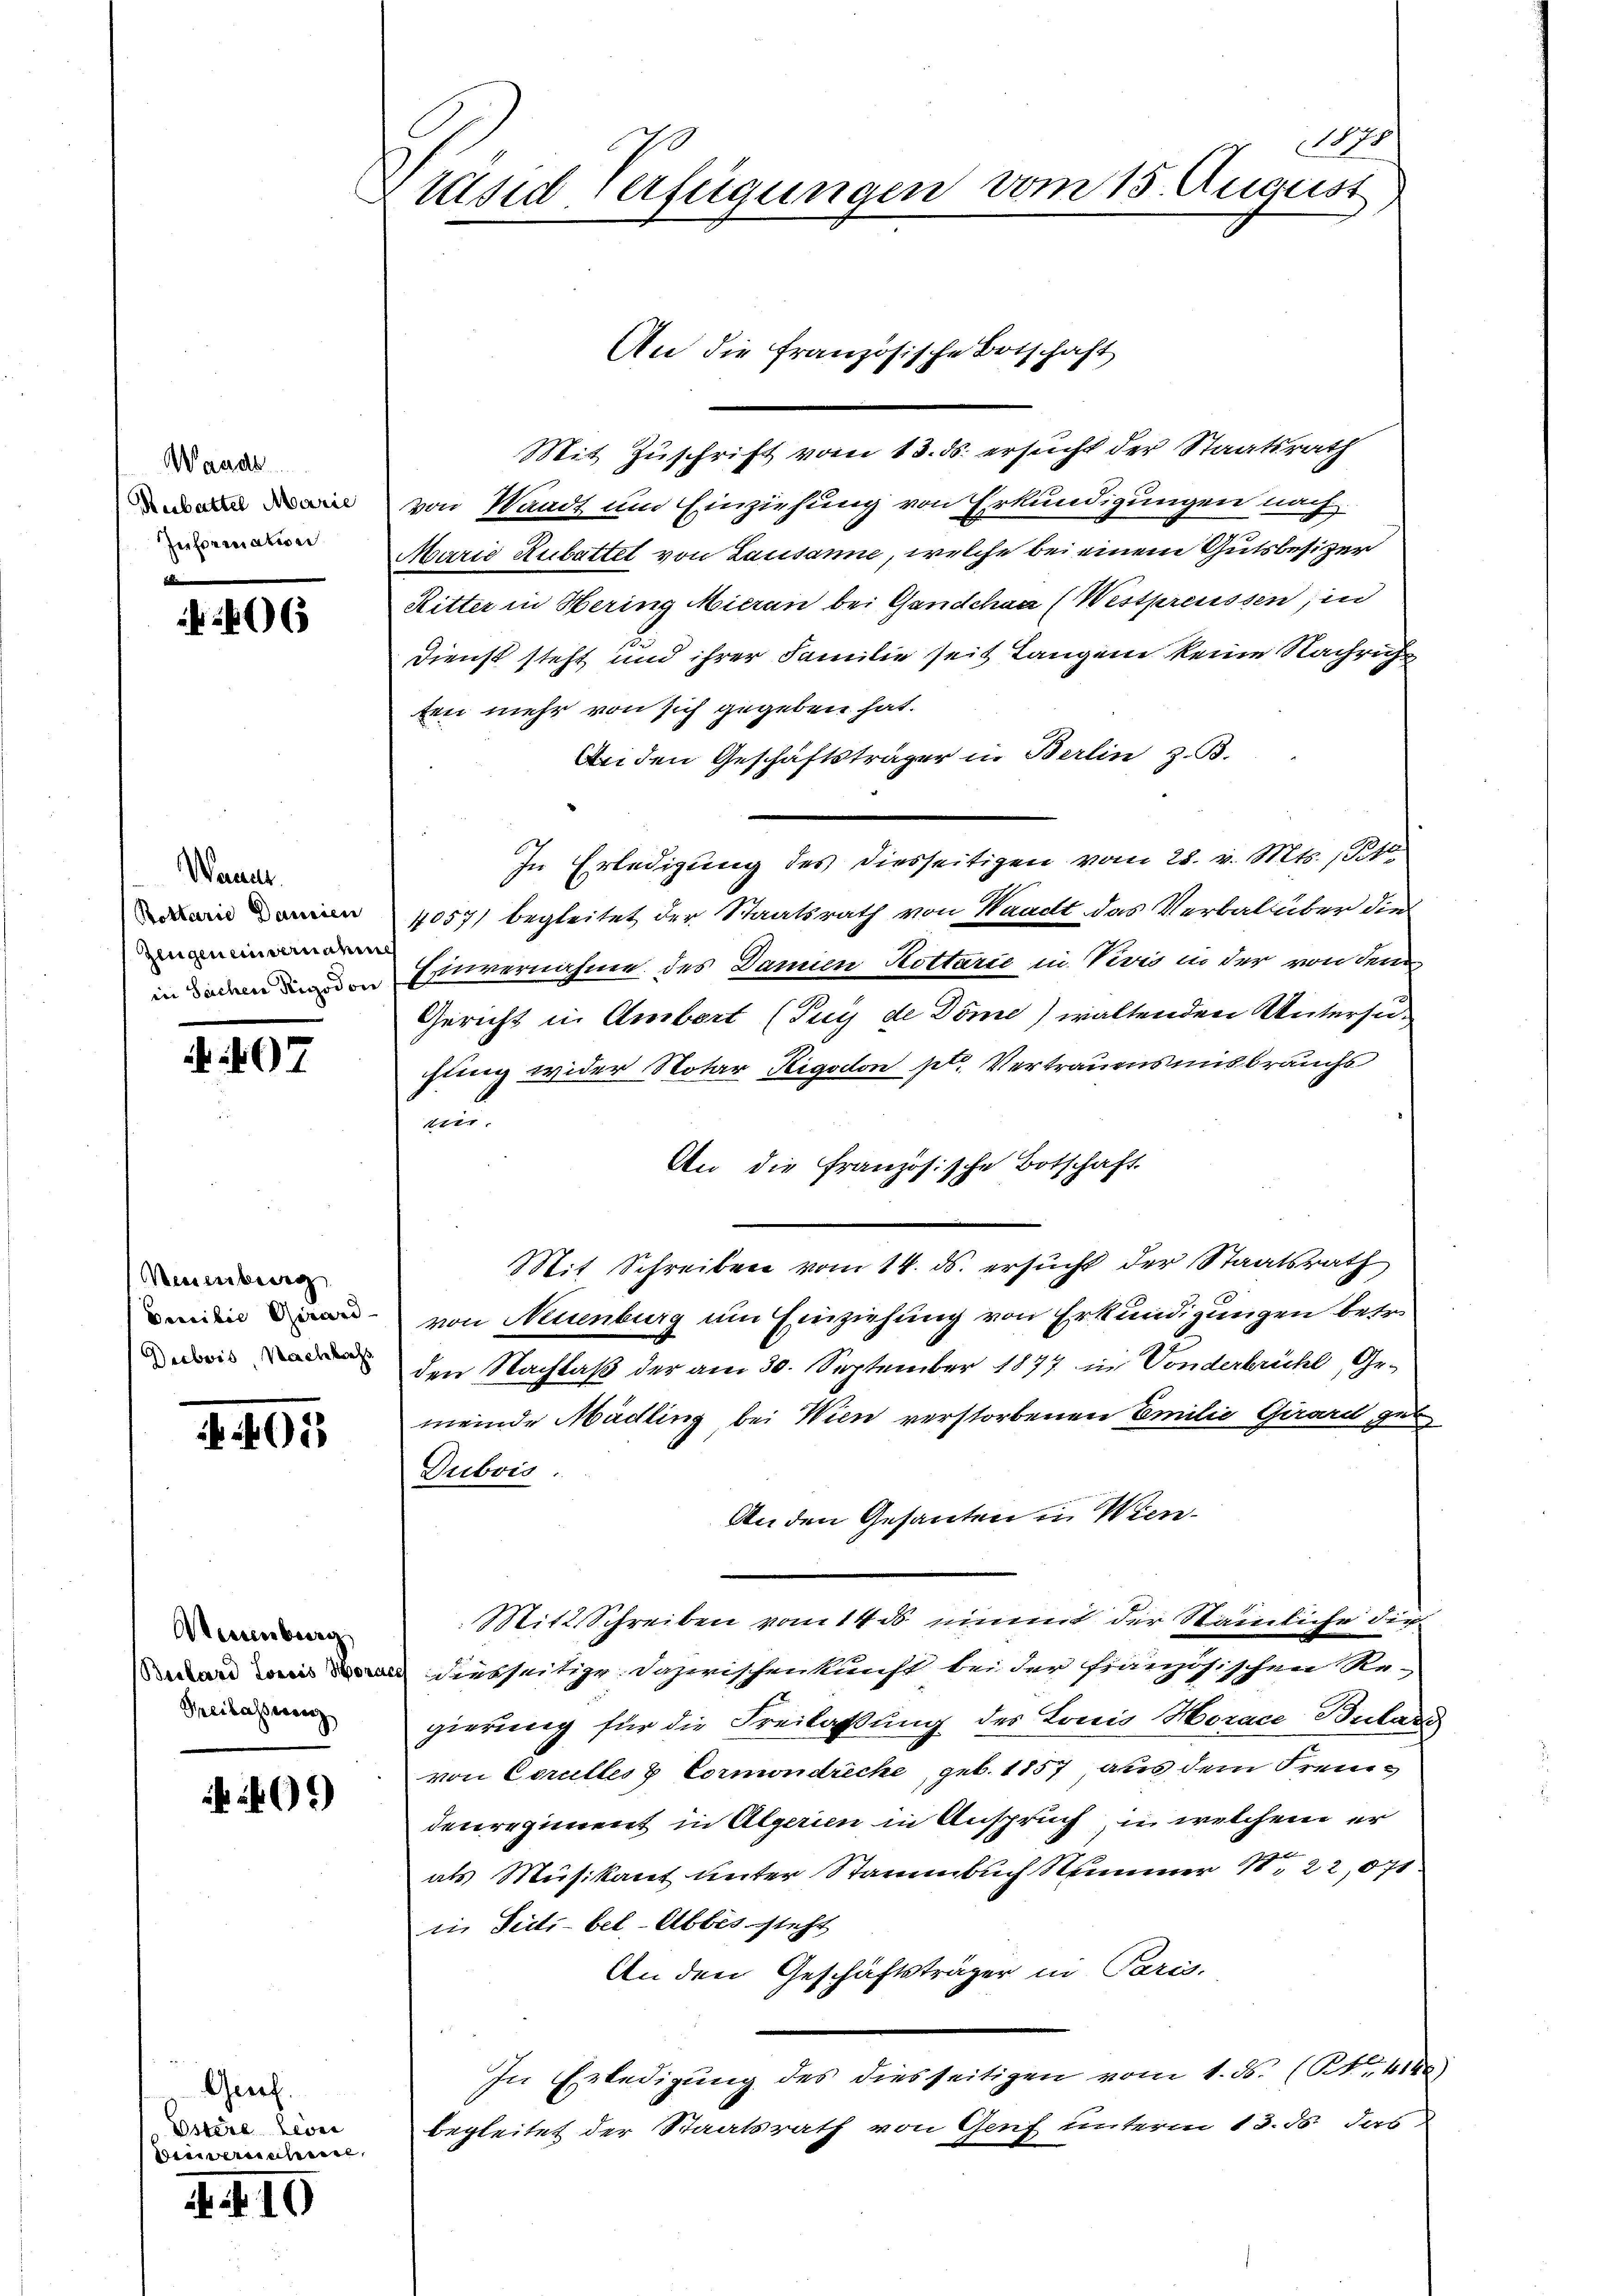
Wande
Rebatter Marie
Information

6

Wandle.
Rottarie Danien
Zlugen einvernahm

07

Neuenburg

405

Neuenburg
Peilassung

Geich
Estere Leven
Beiwerschen,

4.10

1878
.
x räsid verfügungen vom 15. August

An die französische Botschaft

Mit Zuschrift vom 13. ds. ersucht der Staatsrath
von Waadt um Einziehung von Erkundigungen nach
Marie Rubattet von Lausanne, welche bei einem Gutsbesizer
Ritter in Hering Mieran bei Gandchaa (Westpreussen, in
Dienst steht und ihrer Familie seit Langen keine Nachricht
ten mehr von sich gegeben hat.
Bei den Geschäftsträger in Berlin z. B.
In Erledigung des diesseitigen vom 28. v. Mts. 140.
4057) begleitet der Staatsrath von Waadt das Verbal über die
in daran anden Einvernahme des Damien Kottarie in Devis in der von dem
Gericht in Ambert (Juy de Döme) waltenden Untersufung wider Notar Rigodon fl. Vertrauensmisbrauchs
un
An die Französische Botschaft
Mit Schreiben vom 14. ds. ersucht der Staatsrath
enden von Neuenburg um Einziehung von Erkundigungen betr.
 den Nachlaß der am 30. September 1877 in Vonderbrühl, Ge-
meinde Mädling bei Wien verstorbenen Emilie Girard gel
Dubois.
An den Gesanten in Wien¬
Mitt. Schreiben vom 14. ds nimmt der Stämmliche dir
anis diesseitige Dazwischenkunft bei der französischen Re-
gierung für die Freilaßung des Lonio Horace Bulare
von Corulles & Cormondreche, geb. 1857, aus dem Freudenregiment in Algerien in Anspruch in welchem er
als Musikant unter Stammbuch Nummer 1, 22,071
in Seits bel-Abbes steht
An den Geschäftsträger in Paris.
In Erledigŭng des diesseitigen vom 1. ds. (S. 410
begleitet der Staatsrath von Genf unterm 13. ds. das